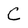
Character: C